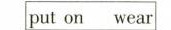
put on wear